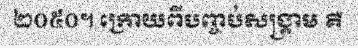
២០៥០។ ក្រោយពីបញ្ចប់សង្គ្រាម គឺ